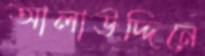
আলাউদ্দিনে